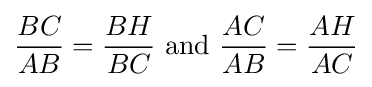
{\frac {BC}{AB}}={\frac {BH}{BC}}{\text{ and }}{\frac {AC}{AB}}={\frac {AH}{AC}}